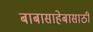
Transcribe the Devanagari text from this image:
बाबासाहेबासाठी